Indian Medical Review
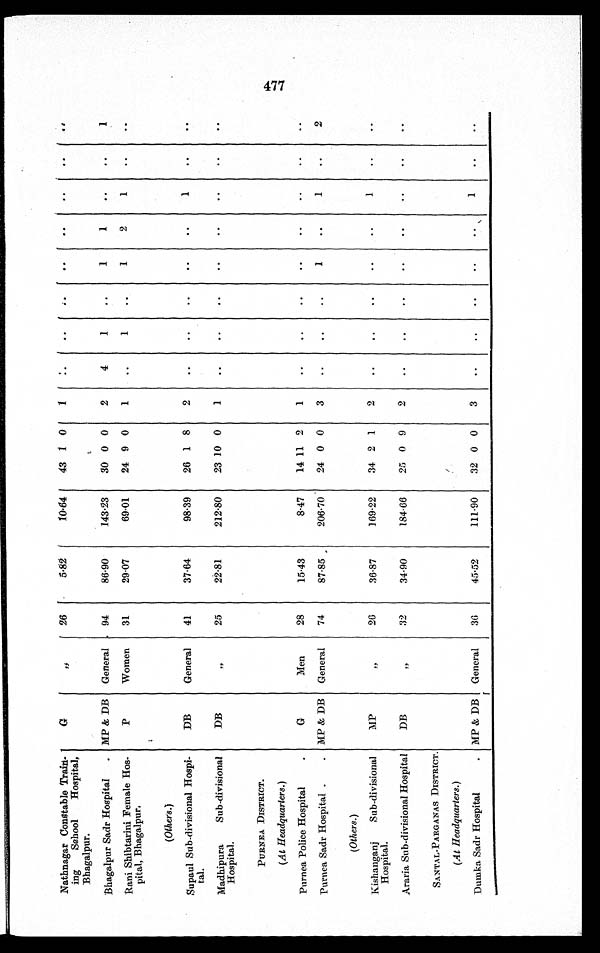
Nathnagar Constable Train–
ing
School
Hospital’
Bhagalpur.
G
” 26
5.82
10.64
43 1 0
1
. .
. .
..
. .
. .
. .
. .
. .
Bhagalpur Sadr Hospital
. MP & DB
General
94
86.90
143.23
30 0 0
2
4
1
. .
1
1
. .
. .
1
Rani Shibtarini Female Hos–
pital’ Bhagalpur.
P
Women
31
29.07
69.01
24 9 0
1
..
1
..
1
2
1
. .
. .
( O t h e r s . )
Supaul Sub-divisional Hospi-
tal.
DB
General
41
37.64
98.39
26 1 8
2
. .
. .
. .
. .
. .
1
. .
. .
Madhipura
Sub-divisional
Hospital.
D B
”
2 5
22.81
212.80
23 10 0
1
. .
. .
. .
. .
..
..
..
. .
PURNEA DISTRICT.
(At Headquarters.)
Purnea Police Hospital
.
G
Men
28
15.43
8.47
14 11 2
1
. .
. .
. .
. .
. .
. .
. .
. .
Purnea Sadr Hospital . . MP & DB
General
74
87.85
206.70
24 0 0
3
. .
. .
. .
1
..
1
. .
2
(Others.)
M P
" 26
36.87
169.22
34 2 1
2
. .
. .
. .
. .
. .
1
. .
. .
Kishanganj
Sub-divisional
Hospital.
Araria Sub-divisional Hospital
D B
” 3 2
34.90
184.66
25 0 9
2
. .
. .
. .
. .
. .
. .
. .
. .
SANTAL–-PARGANAS DISTRICT.
(At Headquarters.)
Dumka Sadr Hospital
.
MP & DB
General
r
36
45.52
111.90
32 0 0
3
. .
. .
. .
. .
. .
1
. .
. .
4 7 7